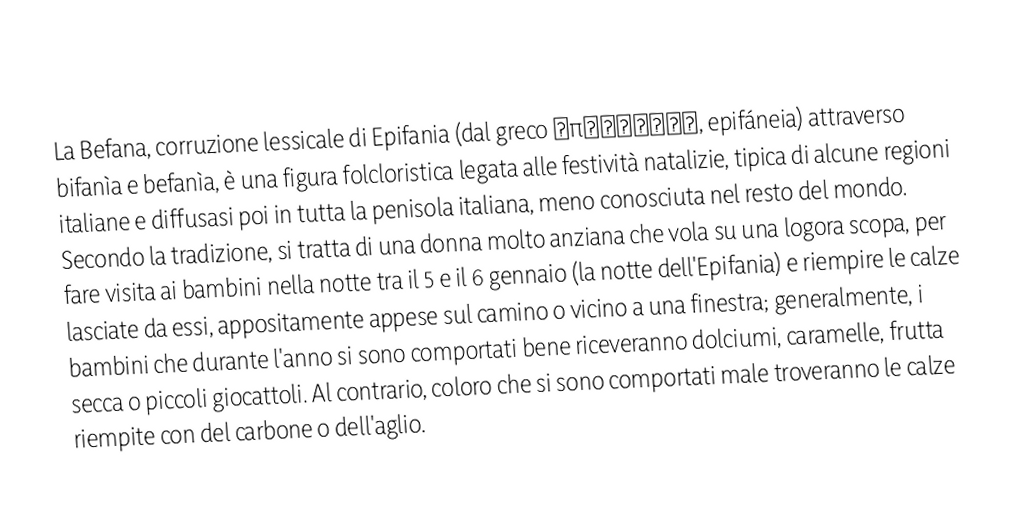
La Befana, corruzione lessicale di Epifania (dal greco ἐπιφάνεια, epifáneia) attraverso bifanìa e befanìa, è una figura folcloristica legata alle festività natalizie, tipica di alcune regioni italiane e diffusasi poi in tutta la penisola italiana, meno conosciuta nel resto del mondo. Secondo la tradizione, si tratta di una donna molto anziana che vola su una logora scopa, per fare visita ai bambini nella notte tra il 5 e il 6 gennaio (la notte dell'Epifania) e riempire le calze lasciate da essi, appositamente appese sul camino o vicino a una finestra; generalmente, i bambini che durante l'anno si sono comportati bene riceveranno dolciumi, caramelle, frutta secca o piccoli giocattoli. Al contrario, coloro che si sono comportati male troveranno le calze riempite con del carbone o dell'aglio.